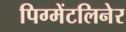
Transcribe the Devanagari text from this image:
पिग्मेंटलिनेर